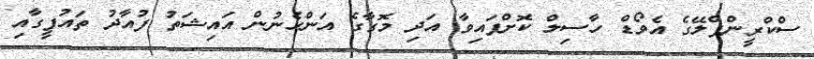
ސްކްރީންޕްލޭގެ އެވޯޑް ހާސިލް ކޮށްފައިވާ އަދި މޮގާގެ އަންހެނުން އައިޝަތު ފުއާދު ތައުފީގާއި